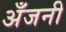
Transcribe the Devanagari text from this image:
अँजनी